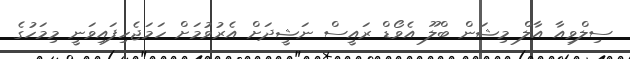
ސިލްވިއާ އާލް މިޝަން ބްލޫ އެވޯޑް ރައީސް ނަޝީދަށް އެރުވުމަށް ހަމަޖެހިފައިވަނީ މިމަހުގެ